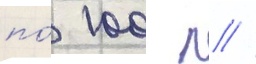
по́ 100 л //